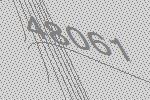
48061